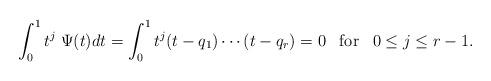
LaTeX: \begin{align*} \int_0^1 t^j \; \Psi (t) d t = \int_0^1 t^j (t - q_1) \cdots (t - q_r) = 0 \;\;\; \mbox{for} \;\;\; 0 \leq j \leq r - 1. \end{align*}